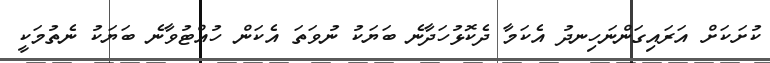
ކުށަކަށް އަރައިގަންނަހިނދު އެކަމާ ދެކޮޅުހަދާނެ ބަޔަކު ނުވަތަ އެކަން ހުއްޓުވާނެ ބަޔަކު ނެތުމަކީ